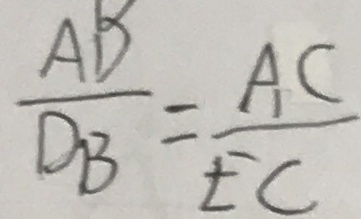
\frac { A D } { D B } = \frac { A C } { E C }